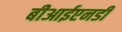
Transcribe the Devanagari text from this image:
बीआईएनडी